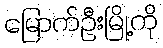
မြောက်ဦးမြို့ကို